Tezpur Lunatic Asylum reports 1877-1894 - 1877-1894
Year: 1877
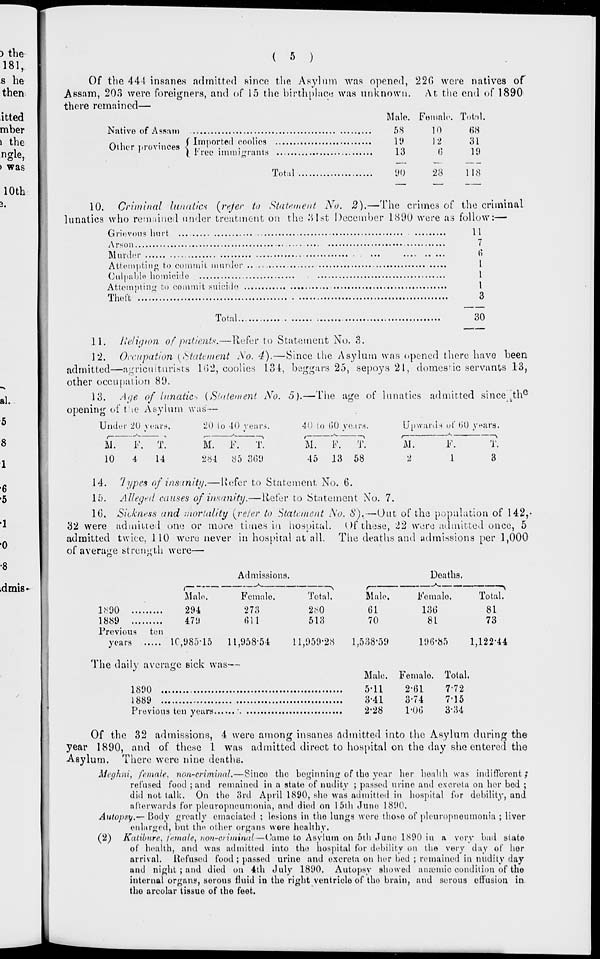
( 5 )
Of the 444 insanes admitted since the Asylum was opened, 220 were natives of
Assam, 203 were foreigners, and of 15 the birthplace was unknown. At the end of 1890
there remained—
Male. Female. Total.
Native of ASPHM)
58
10
68
(Imported coolies
19
12
31
\ Free immigrants
13
Other j iron noes
Total
90
6
28
19
118
10. Criminal lunatics [refer to Statement No. 2).—The crimes of the criminal
lunatics who remained under treatment on the 81st December 1890 were as follow:—
Grievous hurt ...
Arson
Murder
Attempting to commit murder
Culpable homicide
Attempting to commit suicide
Theft
11
7
6
1
1
1
3
Total.
30
11. lUliijion of patients.—liefer to Statement No. 3.
12. Occupation {Statement No. 4).—Since the Asylum was opened there have been
admitted—agriculturists 162, coolies 1.31, beggars 25, sepoys 21, domestic servants 13,
other occupation 89.
13. Age of lunatics (Statement No. 5).—The age of lunatics admitted since t th e
opening of tie Asylum was—
Under 20 years,
20 to -10 years.
40 to (50 years.
Upwards of 60 years.
M.
F.
10
4
T.
14
M. F.
T.
284 85 369
M.
F.
T.
45 13 58
M.
F.
1
—V
T.
14. Types of insanity.—liefer to Statement No. 6.
15. Alleged causes of insanity.—Refer to Statement No. 7.
10. Sickness and mortality [refer to Statement No. 8).—Out of the population of 142,-
32 were admitted one or more times in hospital. Of these, 22 were admitted once, 5
admitted twice. 110 were never in hospital at all. The deaths and admissions per 1,000
of average strength were—
Admissions.
Doaths.
Male
294
4711
Female.
273
(511
Total.
280
513
1890
1889
Previous ton
years
10,985'15
11,958-54
11,959*28
Male.
61
70
1,538-59
Female.
136
81
Total.
81
73
196*85
1,122-44
The daily average sick was—
1890
1889
Previous ten years.
Male. Female. Total.
5-11
2-61
7-72
3*41
3*74
7-15
2-28
1-06
3-34
Of the 32 admissions, 4 were among insanes Admitted into the Asylum during the
year 1890, and of these 1 was admitted direct to hospital on the day she entered the
Asylum. There were nine deaths.
Meghni, female, non-criminal.—Since tho beginning of the year her health was indifferent;
refused food jand remained in a state of nudity ; passed urine and excreta on her bod ;
did not talk. On the 3rd April 1890, she was admitted in hospital for debility, and
afterwards for pleuropneumonia, and died on 15th June 1890.
Autopsy.— Body greatly emaciated ; lesions in the lungs were HIONO of pleuropneumonia ; liver
enlarged, but the other organs were healthy.
(2) Katilmre, female, non-oriminal—(!;imo to Asylum on 5th June 1890 in a very bad stato
of health, and was admitted into the hospital for debility on the very day of her
arrival. Refused food ; passed urine and excreta on her bed ; remained in nudity day
and night ; and died on 4th July 1890. Autopsy showed amende condition of the
internal organs, serous fluid in tho right ventricle of the brain, and serous effusion in
tho arcolar tissue of tho feet.